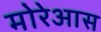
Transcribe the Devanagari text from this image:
मोरेआस